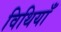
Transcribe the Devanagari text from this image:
विथियाँ